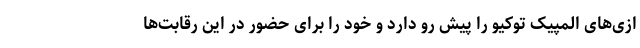
ازی‌های المپیک توکیو را پیش رو دارد و خود را برای حضور در این رقابت‌ها